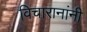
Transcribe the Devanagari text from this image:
विचारानांनी